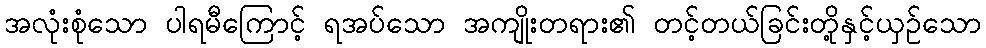
အလုံးစုံသော ပါရမီကြောင့် ရအပ်သော အကျိုးတရား၏ တင့်တယ်ခြင်းတို့နှင့်ယှဉ်သော